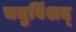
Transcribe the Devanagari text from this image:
चतुविंशद्